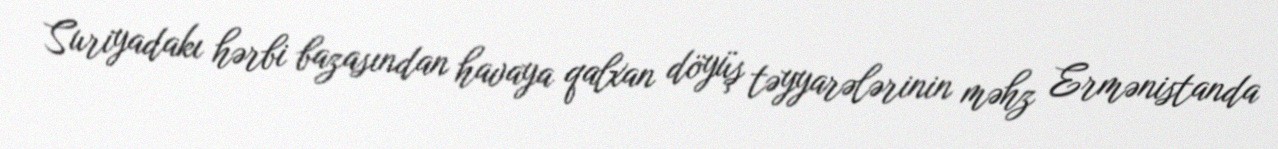
Suriyadakı hərbi bazasından havaya qalxan döyüş təyyarələrinin məhz Ermənistanda